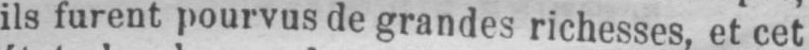
ils furent pourvus de grandes richesses, et cet